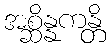
အစ္ဆိန္နကန္တိ